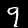
Digit: 9